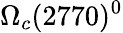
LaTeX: \Omega_{c}(2770)^{0}